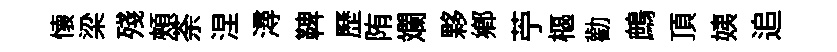
懐梁殘頰荼涅潯鞞歷陏斕夥鄕苧樞勸鷓頂姨追